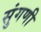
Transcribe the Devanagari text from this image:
सुंगणी